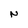
Character: N